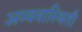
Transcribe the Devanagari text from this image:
अव्यवास्थिती